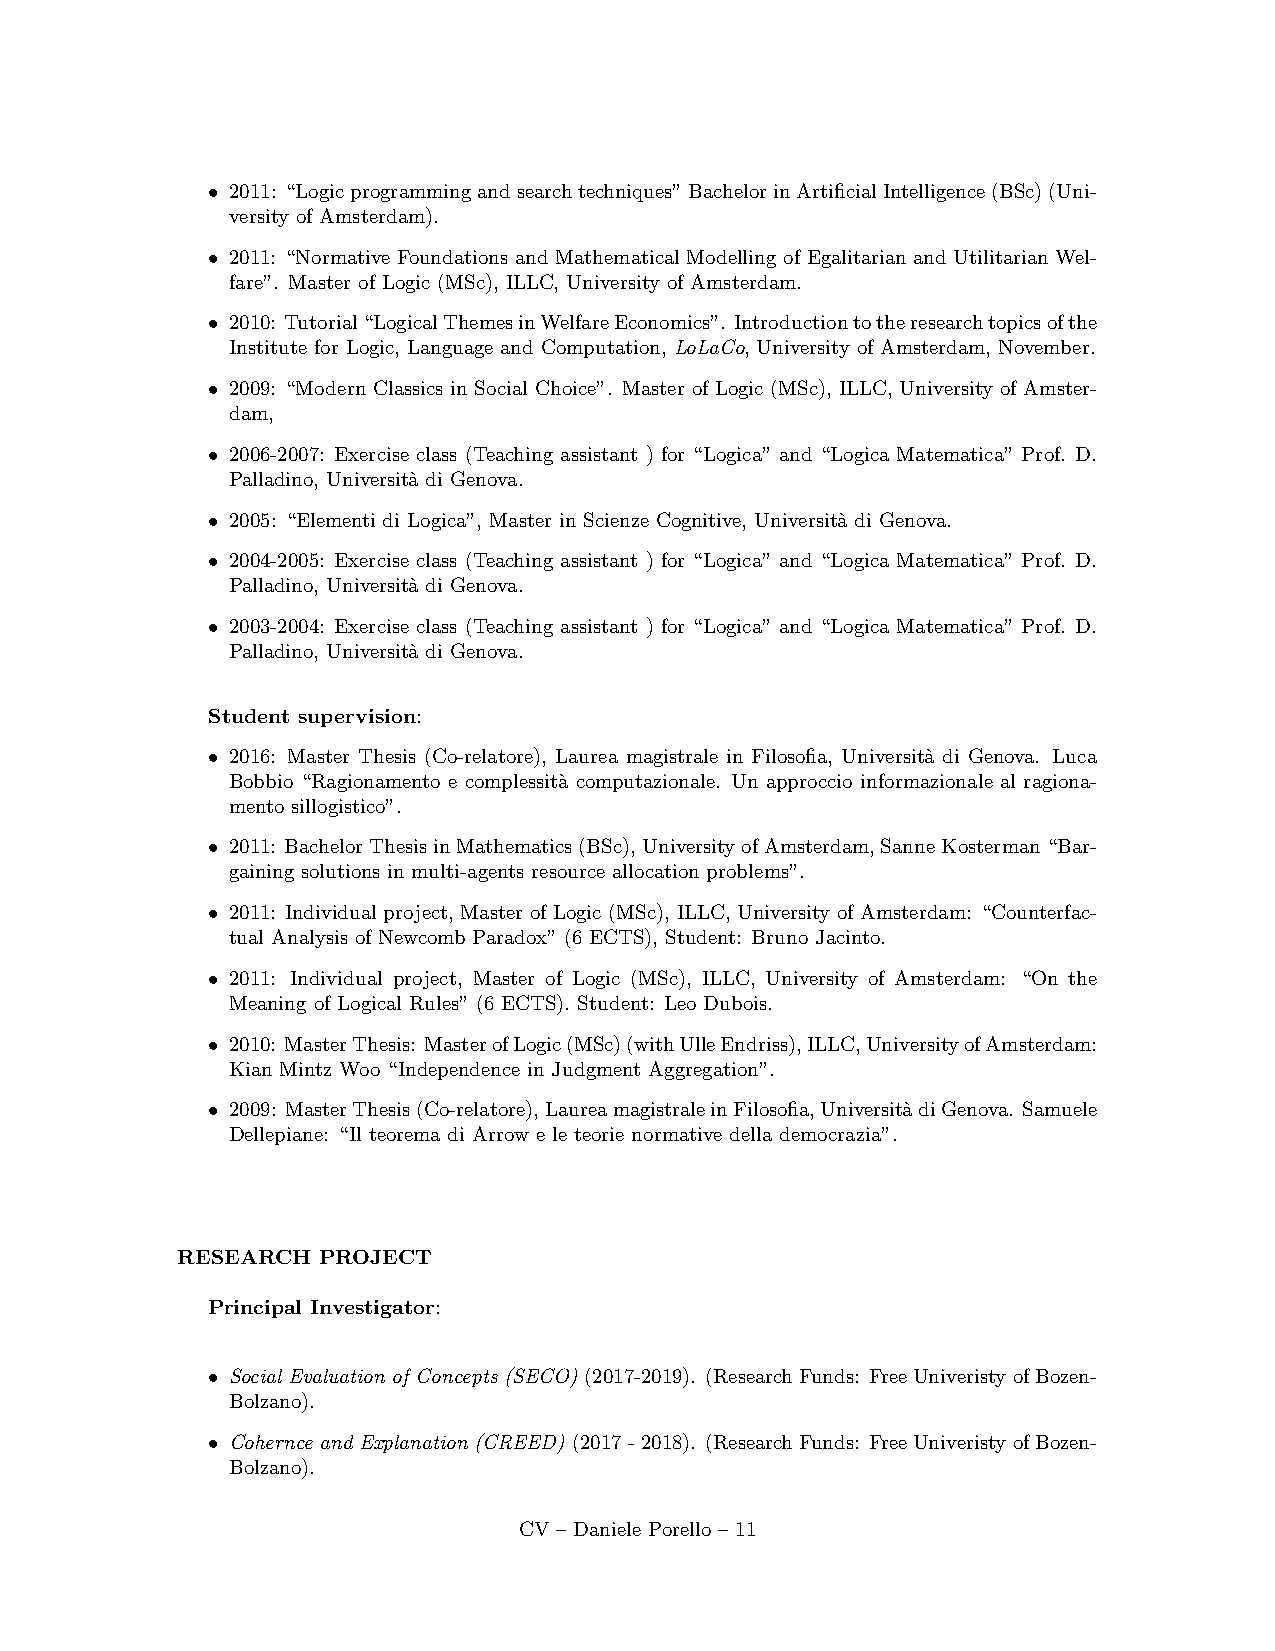
• 2011: “Logicprogrammingandsearchtechniques”BachelorinArtificialIntelligence(BSc)(Uni-
 versity of Amsterdam).
 • 2011: “Normative Foundations and Mathematical Modelling of Egalitarian and Utilitarian Wel-
 fare”. Master of Logic (MSc), ILLC, University of Amsterdam.
 • 2010: Tutorial“LogicalThemesinWelfareEconomics”. Introductiontotheresearchtopicsofthe
 Institute for Logic, Language and Computation, LoLaCo, University of Amsterdam, November.
 • 2009: “Modern Classics in Social Choice”. Master of Logic (MSc), ILLC, University of Amster-
 dam,
 • 2006-2007: Exercise class (Teaching assistant ) for “Logica” and “Logica Matematica” Prof. D.
 Palladino, Universit`a di Genova.
 • 2005: “Elementi di Logica”, Master in Scienze Cognitive, Universit`a di Genova.
 • 2004-2005: Exercise class (Teaching assistant ) for “Logica” and “Logica Matematica” Prof. D.
 Palladino, Universit`a di Genova.
 • 2003-2004: Exercise class (Teaching assistant ) for “Logica” and “Logica Matematica” Prof. D.
 Palladino, Universit`a di Genova.
 Student supervision:
 • 2016: Master Thesis (Co-relatore), Laurea magistrale in Filosofia, Universit`a di Genova. Luca
 Bobbio “Ragionamento e complessit`a computazionale. Un approccio informazionale al ragiona-
 mento sillogistico”.
 • 2011: BachelorThesisinMathematics(BSc),UniversityofAmsterdam,SanneKosterman“Bar-
 gaining solutions in multi-agents resource allocation problems”.
 • 2011: Individual project, Master of Logic (MSc), ILLC, University of Amsterdam: “Counterfac-
 tual Analysis of Newcomb Paradox” (6 ECTS), Student: Bruno Jacinto.
 • 2011: Individual project, Master of Logic (MSc), ILLC, University of Amsterdam: “On the
 Meaning of Logical Rules” (6 ECTS). Student: Leo Dubois.
 • 2010: MasterThesis: MasterofLogic(MSc)(withUlleEndriss),ILLC,UniversityofAmsterdam:
 Kian Mintz Woo “Independence in Judgment Aggregation”.
 • 2009: MasterThesis(Co-relatore),LaureamagistraleinFilosofia,Universit`adiGenova. Samuele
 Dellepiane: “Il teorema di Arrow e le teorie normative della democrazia”.
 RESEARCH PROJECT
 Principal Investigator:
 • Social Evaluation of Concepts (SECO) (2017-2019). (ResearchFunds: FreeUniveristyofBozen-
 Bolzano).
 • Cohernce and Explanation (CREED) (2017-2018). (ResearchFunds: FreeUniveristyofBozen-
 Bolzano).
 CV – Daniele Porello – 11